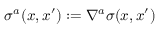
\sigma ^ { a } ( x , x ^ { \prime } ) : = \nabla ^ { a } \sigma ( x , x ^ { \prime } )